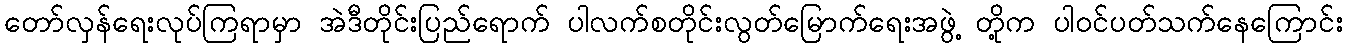
တော်လှန်ရေးလုပ်ကြရာမှာ အဲဒီတိုင်းပြည်ရောက် ပါလက်စတိုင်းလွတ်မြောက်ရေးအဖွဲ့ တို့က ပါဝင်ပတ်သက်နေကြောင်း